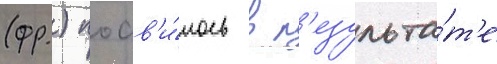
(фр.) поав'и́лось в р'езульта́т'е